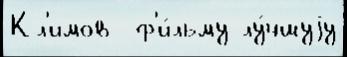
Кл'имов  ф'и́льму лу́чшуjу